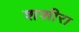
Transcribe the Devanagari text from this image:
शशीरा